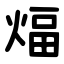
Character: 煏